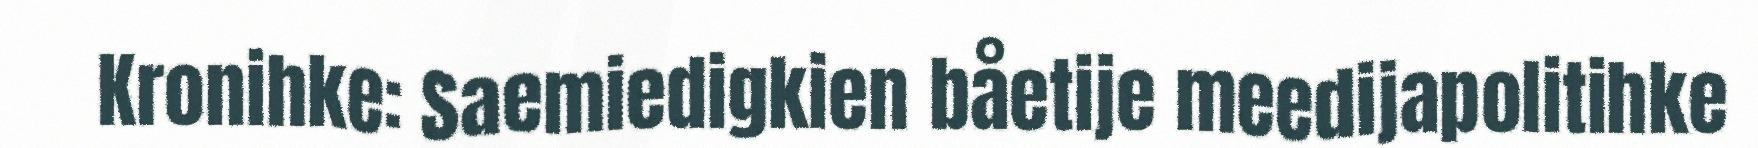
Kronihke: Saemiedigkien båetije meedijapolitihke